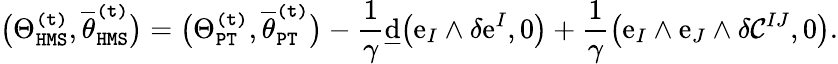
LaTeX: \big(\Theta_{\mathtt{HMS}}^{\mathtt{(t)}},\overline{{\theta}}_{\mathtt{HMS}}^{\mathtt{(t)}}\big)=\big(\Theta_{\mathtt{PT}}^{\mathtt{(t)}},\overline{{\theta}}_{\mathtt{PT}}^{\mathtt{(t)}}\big)-\frac{1}{\gamma}\underline{{\mathrm{d}}}\big(\mathrm{e}_{I}\wedge\delta\mathrm{e}^{I},0\big)+\frac{1}{\gamma}\big(\mathrm{e}_{I}\wedge\mathrm{e}_{J}\wedge\delta\mathcal{C}^{IJ},0\big).